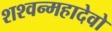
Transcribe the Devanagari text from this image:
शश्वन्महादेवो